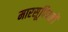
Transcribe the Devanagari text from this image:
मारसूपियलों